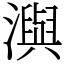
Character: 㵰